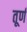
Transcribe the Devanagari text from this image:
तूर्ण